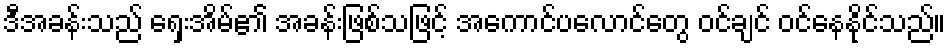
ဒီအခန်းသည် ရှေးအိမ်၏ အခန်းဖြစ်သဖြင့် အကောင်ပလောင်တွေ ဝင်ချင် ဝင်နေနိုင်သည်။